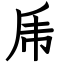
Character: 乕